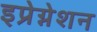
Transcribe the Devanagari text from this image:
इप्रेग्नेशन